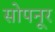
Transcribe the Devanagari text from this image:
सोपनूर